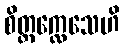
စိတ္တက္လေသေဟိ